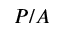
P / A